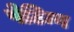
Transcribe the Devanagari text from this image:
पेटिन्ग